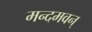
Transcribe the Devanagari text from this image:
मन्दमवन्